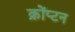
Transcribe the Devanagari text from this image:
क्रोंप्टन